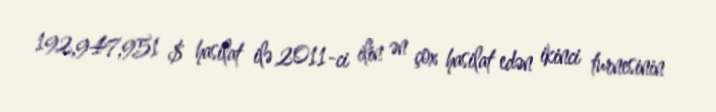
192,947,951 $ hasilat ilə 2011-ci ilin ən çox hasilat edən ikinci turnesinin